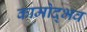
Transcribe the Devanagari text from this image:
कामोद्भव